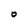
Character: O